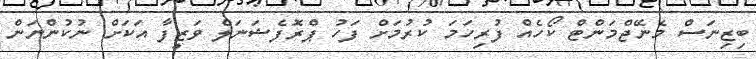
ބިޒިނަސް މެނޭޖްމަންޓް ކޯހެއް ފުރިހަމަ ކުރުމަށް ފަހު ޕްރޮފެޝަނަލް ވަޒީފާ އަކަށް ނުކުންނަން